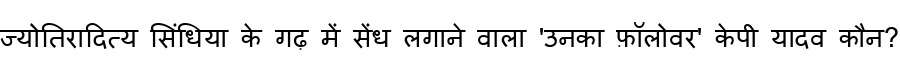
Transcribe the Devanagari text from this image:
ज्योतिरादित्य सिंधिया के गढ़ में सेंध लगाने वाला 'उनका फ़ॉलोवर' केपी यादव कौन?